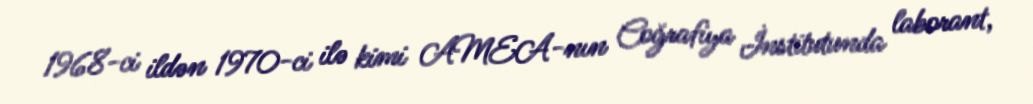
1968-ci ildən 1970-ci ilə kimi AMEA-nın Coğrafiya İnstitutunda laborant,